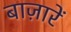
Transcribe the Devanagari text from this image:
बाज़ारें